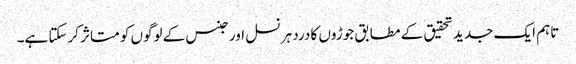
تاہم ایک جدید تحقیق کے مطابق جوڑوں کا درد ہر نسل اور جنس کے لوگوں کو متاثر کرسکتا ہے۔